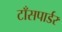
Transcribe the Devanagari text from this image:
टाँसपार्डर